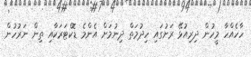
ހާހެއްހާ މީހުން ދިރިއުޅޭ ރަށުގައި ހިދުމަތް ދިނުމަށް އެންމެ ޑޮކްޓަރަކާއި ތިން ނަރުހުން